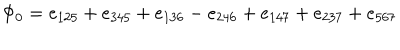
\Phi _ { 0 } = e _ { 1 2 5 } + e _ { 3 4 5 } + e _ { 1 3 6 } - e _ { 2 4 6 } + e _ { 1 4 7 } + e _ { 2 3 7 } + e _ { 5 6 7 }